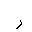
Letter: _ra